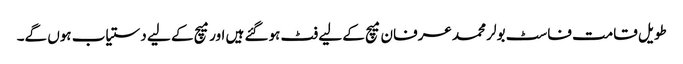
طویل قامت فاسٹ بولر محمد عرفان میچ کے لیے فٹ ہوگئے ہیں اور میچ کے لیے دستیاب ہوں گے۔